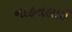
નાહતલાઈ